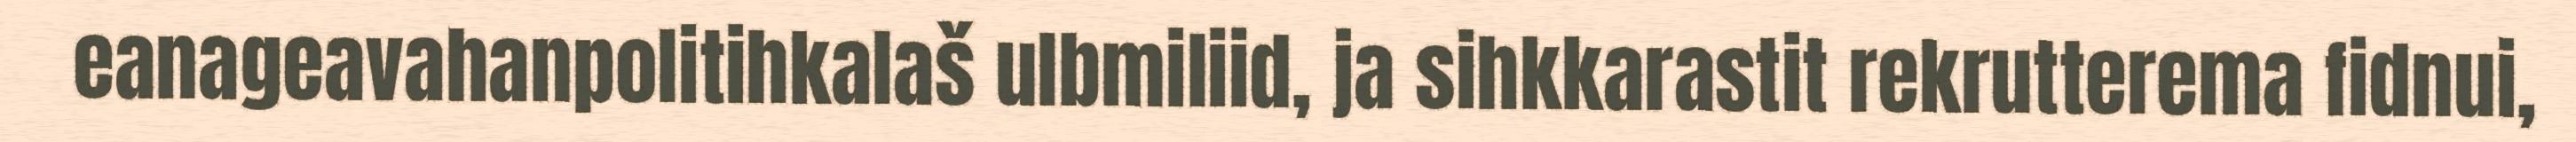
eanageavahanpolitihkalaš ulbmiliid, ja sihkkarastit rekrutterema fidnui,